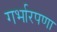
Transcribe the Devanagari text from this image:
गर्भारपणा